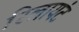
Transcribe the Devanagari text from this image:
रिलायंट